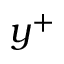
y ^ { + }